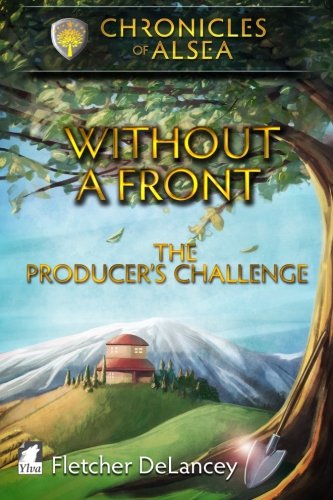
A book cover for Without a Front - The Producer's Challenge; Fletcher DeLancey; Romance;